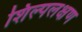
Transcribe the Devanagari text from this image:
शिल्पलक्षण